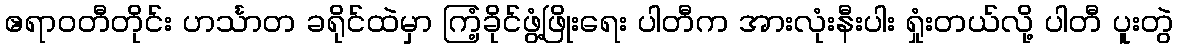
ဧရာဝတီတိုင်း ဟင်္သာတ ခရိုင်ထဲမှာ ကြံ့ခိုင်ဖွံ့ဖြိုးရေး ပါတီက အားလုံးနီးပါး ရှုံးတယ်လို့ ပါတီ ပူးတွဲ